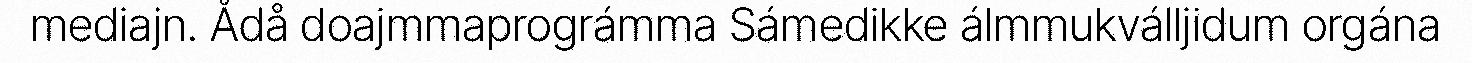
mediajn. Ådå doajmmaprográmma Sámedikke álmmukválljidum orgána